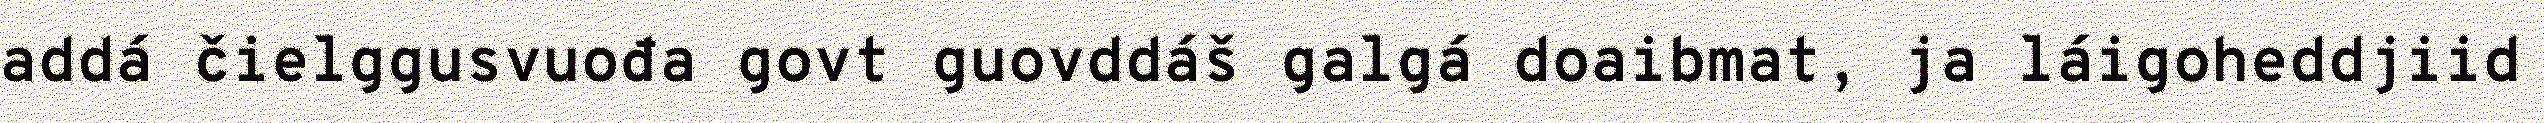
addá čielggusvuođa govt guovddáš galgá doaibmat, ja láigoheddjiid